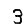
Digit: 3